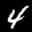
Label: 4